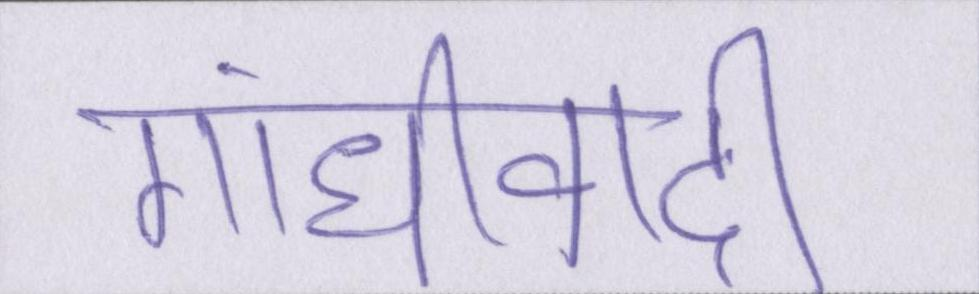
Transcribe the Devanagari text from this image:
गांधीवादी